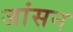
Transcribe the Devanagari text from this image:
जांसन